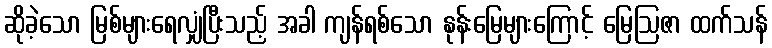
ဆိုခဲ့သော မြစ်များရေလျှံပြီးသည့် အခါ ကျန်ရစ်သော နုန်းမြေများကြောင့် မြေဩဇာ ထက်သန်